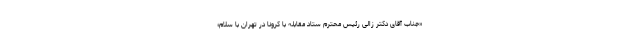
«جناب آقای دکتر زالی رئیس محترم ستاد مقابله با کرونا در تهران با سلام؛